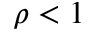
\rho < 1